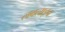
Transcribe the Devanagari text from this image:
लवलाइन